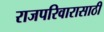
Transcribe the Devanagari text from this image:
राजपरिवारासाठी